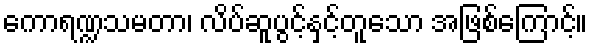
ကောရဏ္ဍသမတာ၊ လိပ်ဆူပွင့်နှင့်တူသော အဖြစ်ကြောင့်။